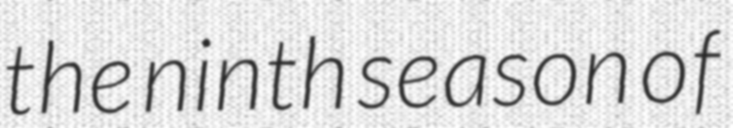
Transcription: the ninth season of